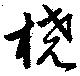
橈